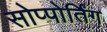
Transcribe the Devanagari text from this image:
सोप्पोर्तिंग